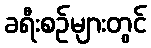
ခရီးစဉ်များတွင်